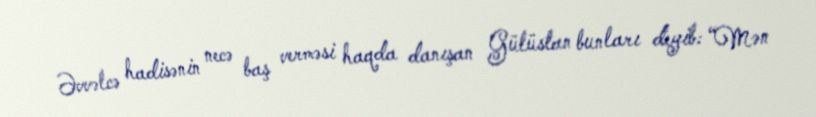
Əvvəlcə hadisənin necə baş verməsi haqda danışan Gülüstan bunları deyib: “Mən